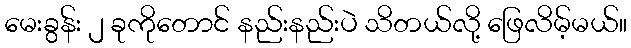
မေးခွန်း ၂ ခုကိုတောင် နည်းနည်းပဲ သိတယ်လို့ ဖြေလိမ့်မယ်။